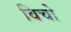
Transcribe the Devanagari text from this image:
विचो